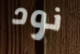
نود